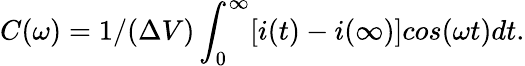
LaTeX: C(\omega)=1/(\Delta V)\int_{0}^{\infty}[i(t)-i(\infty)]cos(\omega t)dt.